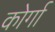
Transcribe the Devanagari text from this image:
कोर्गा